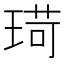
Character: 𪻸